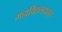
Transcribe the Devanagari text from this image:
महाविद्यलयातून